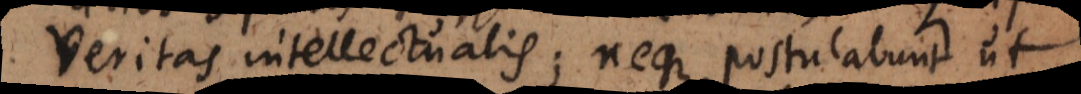
veritas intellectualis; neque postulabunt ut